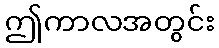
ဤကာလအတွင်း